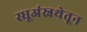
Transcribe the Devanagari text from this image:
स्धूअंस्नथेतून